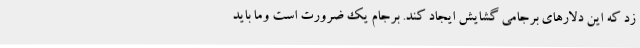
زد كه اين دلارهاي برجامي گشايش ايجاد كند. برجام يك ضرورت است وما بايد